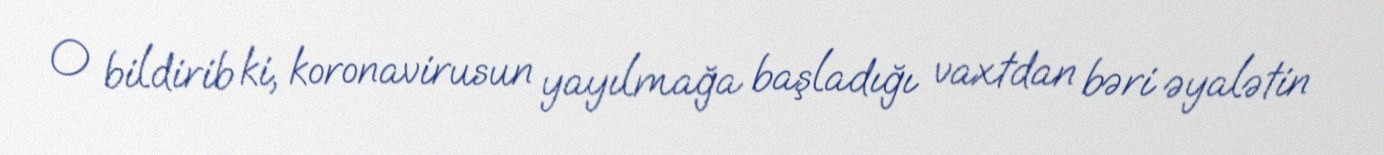
O bildirib ki, koronavirusun yayılmağa başladığı vaxtdan bəri əyalətin